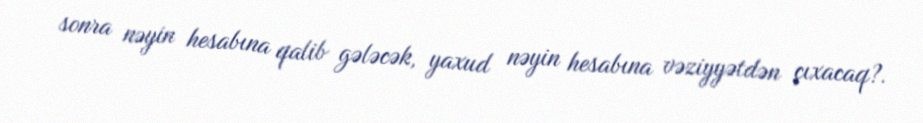
sonra nəyin hesabına qalib gələcək, yaxud nəyin hesabına vəziyyətdən çıxacaq?.